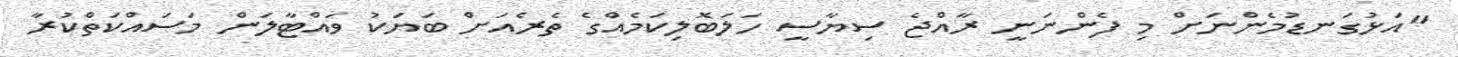
"އަޅުގަނޑުމެންނަށް މި ފެންނަނީ ރާއްޖެ ސިޔާސީ ހަލަބޮލިކަމެއްގެ ތެރެއަށް ބަޔަކު ވައްޓާލަން މަސައްކަތްކުރާ